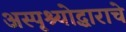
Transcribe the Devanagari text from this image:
अस्पृश्योद्धाराचे